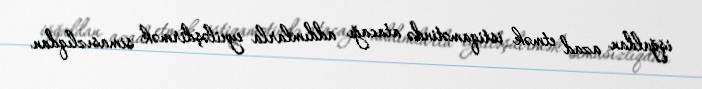
işğaldan azad etmək istiqamətində atacağı addımlarla eyniləşdirmək simasızlıqdan